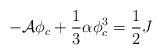
LaTeX: \begin{align*}-{\cal A}\phi_{c}+\frac{1}{3}\alpha\phi_{c}^{3}=\frac{1}{2}J\end{align*}